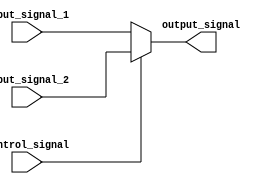
//multiplexes two signals
module multiplexer_2(

   //inputs
    input [4:0] input_signal_1,
    input [4:0] input_signal_2,
    input control_signal,

   //outputs
    output reg [4:0] output_signal );

    initial 
    begin
        output_signal = 0;
    end

    always @(*)
    begin
        if (control_signal == 0)
        begin
            output_signal = input_signal_1;
        end
        else
        begin
            output_signal = input_signal_2;
        end
    end

endmodule

//multiplexes two signals
module multiplexer_2_64bit(

   //inputs
    input [63:0] input_signal_1,
    input [63:0] input_signal_2,
    input control_signal,

   //outputs
    output reg [63:0] output_signal );

    initial 
    begin
        output_signal = 64'b0_0100;  //initialize to 4
                                     //because this is only
                                     //used to select between
                                     //incrPC and branch 
    end

    always @(*)
    begin
        if (control_signal == 0)
        begin
            output_signal = input_signal_1;
        end
        else
        begin
            output_signal = input_signal_2;
        end
    end

endmodule


//multiplexes two signals
module multiplexer_4(

   //inputs
    input [63:0] input_signal_1,
    input [63:0] input_signal_2,
    input [63:0] input_signal_3,
    input [63:0] input_signal_4,
    input [1:0]  control_signal,

   //outputs
    output reg [63:0] output_signal );

    initial
    begin
       output_signal = 0;  
    end

    always @(*)
    begin
        case (control_signal)
            2'b00: output_signal = input_signal_1;
            2'b01: output_signal = input_signal_2;
            2'b10: output_signal = input_signal_3;
            2'b11: output_signal = input_signal_4;
        endcase
    end

endmodule